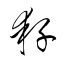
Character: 耔